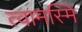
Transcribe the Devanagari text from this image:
त्वामस्मि